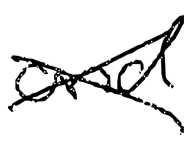
Text: and
Cross-out: cross
Writing tool: digital_black